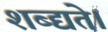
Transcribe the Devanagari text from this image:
शब्द्यते।